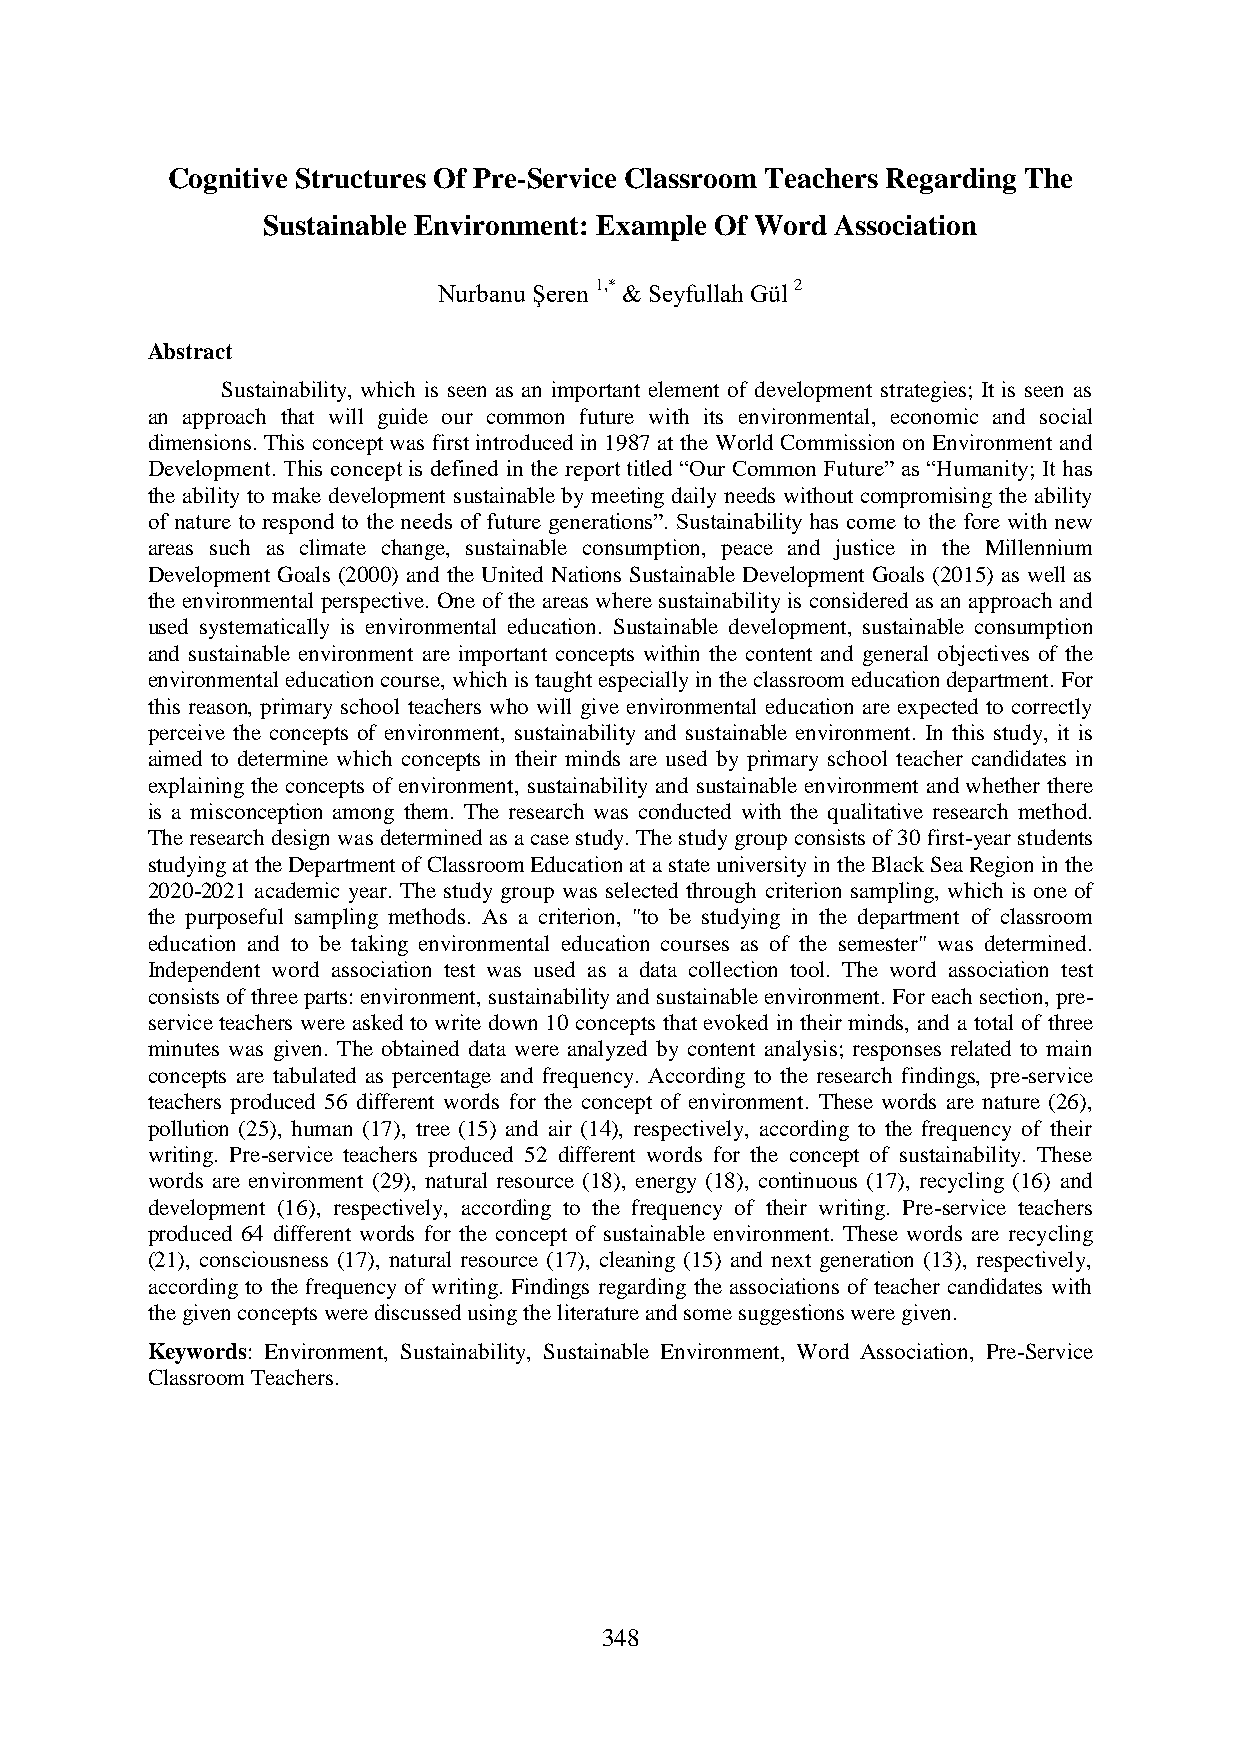
Cognitive Structures Of Pre-Service Classroom Teachers Regarding The
 Sustainable Environment: Example Of Word Association
 Nurbanu Şeren 1,* & Seyfullah Gül 2
 Abstract
 Sustainability, which is seen as an important element of development strategies; It is seen as
 an approach that will guide our common future with its environmental, economic and social
 dimensions. This concept was first introduced in 1987 at the World Commission on Environment and
 Development. This concept is defined in the report titled “Our Common Future” as “Humanity; It has
 the ability to make development sustainable by meeting daily needs without compromising the ability
 of nature to respond to the needs of future generations”. Sustainability has come to the fore with new
 areas such as climate change, sustainable consumption, peace and justice in the Millennium
 Development Goals (2000) and the United Nations Sustainable Development Goals (2015) as well as
 the environmental perspective. One of the areas where sustainability is considered as an approach and
 used systematically is environmental education. Sustainable development, sustainable consumption
 and sustainable environment are important concepts within the content and general objectives of the
 environmental education course, which is taught especially in the classroom education department. For
 this reason, primary school teachers who will give environmental education are expected to correctly
 perceive the concepts of environment, sustainability and sustainable environment. In this study, it is
 aimed to determine which concepts in their minds are used by primary school teacher candidates in
 explaining the concepts of environment, sustainability and sustainable environment and whether there
 is a misconception among them. The research was conducted with the qualitative research method.
 The research design was determined as a case study. The study group consists of 30 first-year students
 studying at the Department of Classroom Education at a state university in the Black Sea Region in the
 2020-2021 academic year. The study group was selected through criterion sampling, which is one of
 the purposeful sampling methods. As a criterion, "to be studying in the department of classroom
 education and to be taking environmental education courses as of the semester" was determined.
 Independent word association test was used as a data collection tool. The word association test
 consists of three parts: environment, sustainability and sustainable environment. For each section, pre-
 service teachers were asked to write down 10 concepts that evoked in their minds, and a total of three
 minutes was given. The obtained data were analyzed by content analysis; responses related to main
 concepts are tabulated as percentage and frequency. According to the research findings, pre-service
 teachers produced 56 different words for the concept of environment. These words are nature (26),
 pollution (25), human (17), tree (15) and air (14), respectively, according to the frequency of their
 writing. Pre-service teachers produced 52 different words for the concept of sustainability. These
 words are environment (29), natural resource (18), energy (18), continuous (17), recycling (16) and
 development (16), respectively, according to the frequency of their writing. Pre-service teachers
 produced 64 different words for the concept of sustainable environment. These words are recycling
 (21), consciousness (17), natural resource (17), cleaning (15) and next generation (13), respectively,
 according to the frequency of writing. Findings regarding the associations of teacher candidates with
 the given concepts were discussed using the literature and some suggestions were given.
 Keywords: Environment, Sustainability, Sustainable Environment, Word Association, Pre-Service
 Classroom Teachers.
 348